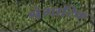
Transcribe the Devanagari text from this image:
श्रंगारिक